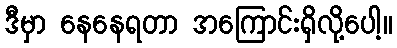
ဒီမှာ နေနေရတာ အကြောင်းရှိလို့ပေါ့။